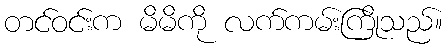
တင်ဝင်းက မိမိကို လက်ကမ်းကြိုသည်။